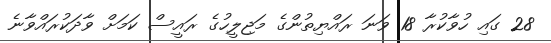
28 ގައި ހުވާކުރާ 18 ވަނަ ރައްޔިތުންގެ މަޖިލީހުގެ ރައީސް ކަމަށް ވާދަކުރައްވާނެ